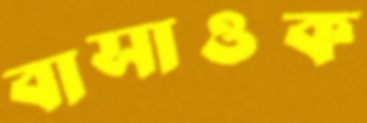
বাসাওক